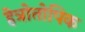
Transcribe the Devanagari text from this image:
हेत्रोतोपिक